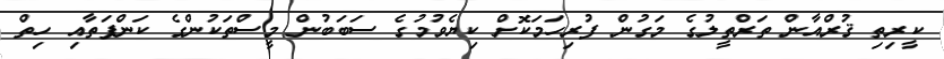
ކީރިތި ޤުރްއާން ތަރްތީލުގެ މަގުން ފުރިހަމަކޮށް ކިޔެވުމުގެ ސަބަބުން މީސްތަކުންގެ ކަންފަތާއި ހިތް